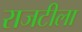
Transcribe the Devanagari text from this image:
राजटीला